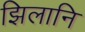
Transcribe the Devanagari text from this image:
झिलानि